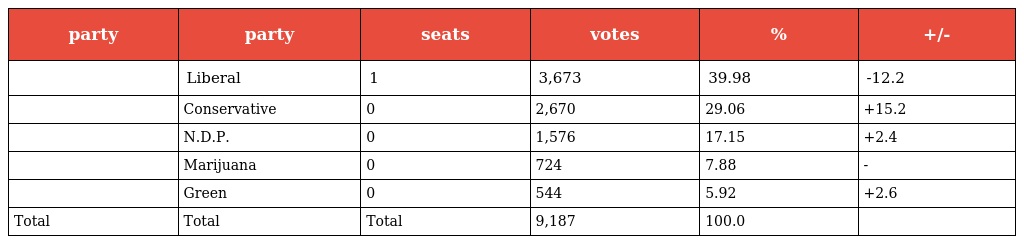
| party | party | seats | votes | % | +/- |
 | --- | --- | --- | --- | --- | --- |
 |  | Liberal | 1 | 3,673 | 39.98 | -12.2 |
 |  | Conservative | 0 | 2,670 | 29.06 | +15.2 |
 |  | N.D.P. | 0 | 1,576 | 17.15 | +2.4 |
 |  | Marijuana | 0 | 724 | 7.88 | - |
 |  | Green | 0 | 544 | 5.92 | +2.6 |
 | Total | Total | Total | 9,187 | 100.0 |  |